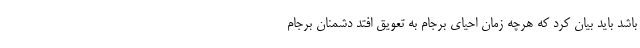
باشد باید بیان کرد که هرچه زمان احیای برجام به تعویق افتد دشمنان برجام